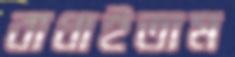
বাধাইতাম